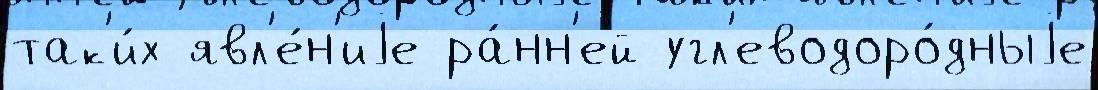
так'и́х явл'е́н'иjе ра́нн'ей угл'еводоро́дныjе